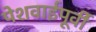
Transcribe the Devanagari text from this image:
पेशवाईपूर्वी